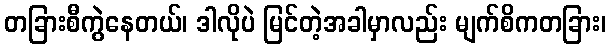
တခြားစီကွဲနေတယ်၊ ဒါလိုပဲ မြင်တဲ့အခါမှာလည်း မျက်စိကတခြား၊